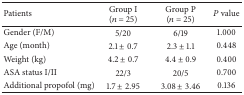
| Patients | Group I (n = 25) | Group P(n = 25) | P value |
 | --- | --- | --- | --- |
 | Gender (F/M) | 5/20 | 6/19 | 1.000 |
 | Age (month) | 2.1 ± 0.7 | 2.3 ± 1.1 | 0.448 |
 | Weight (kg) | 4.2 ± 0.7 | 4.4 ± 0.9 | 0.400 |
 | ASA status I/II | 22/3 | 20/5 | 0.700 |
 | Additional propofol (mg) | 1.7 ± 2.95 | 3.08 ± 3.46 | 0.136 |